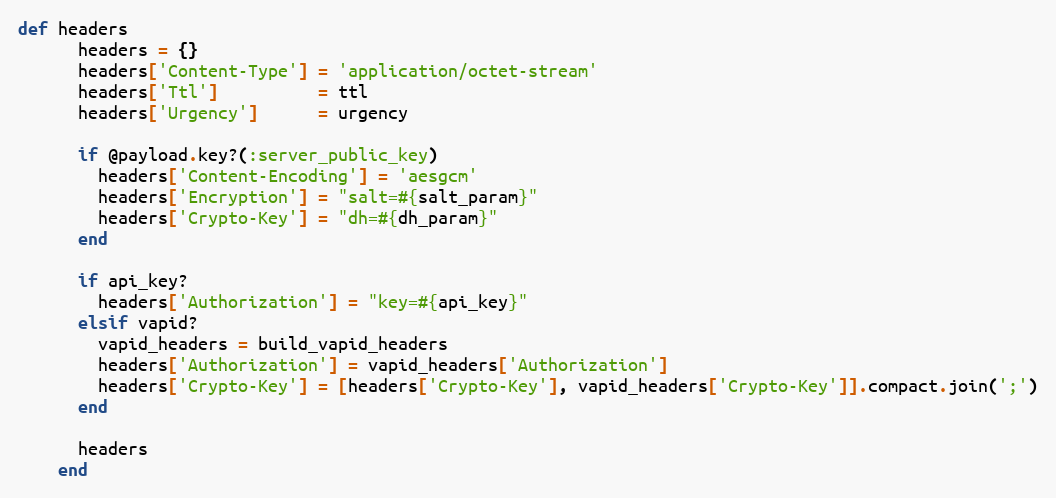
Language: Ruby
def headers
      headers = {}
      headers['Content-Type'] = 'application/octet-stream'
      headers['Ttl']          = ttl
      headers['Urgency']      = urgency

      if @payload.key?(:server_public_key)
        headers['Content-Encoding'] = 'aesgcm'
        headers['Encryption'] = "salt=#{salt_param}"
        headers['Crypto-Key'] = "dh=#{dh_param}"
      end

      if api_key?
        headers['Authorization'] = "key=#{api_key}"
      elsif vapid?
        vapid_headers = build_vapid_headers
        headers['Authorization'] = vapid_headers['Authorization']
        headers['Crypto-Key'] = [headers['Crypto-Key'], vapid_headers['Crypto-Key']].compact.join(';')
      end

      headers
    end